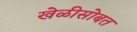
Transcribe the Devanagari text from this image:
खेळीसोबत